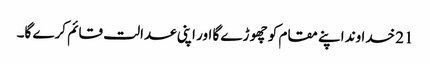
21 خدا وند اپنے مقام کو چھو ڑے گا اور اپنی عدالت قائم کرے گا۔